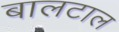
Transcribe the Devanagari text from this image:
बालटाल